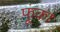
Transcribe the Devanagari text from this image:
फूंका